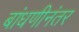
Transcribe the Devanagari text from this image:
बांधणीनंतर